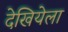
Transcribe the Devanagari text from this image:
देखियेला